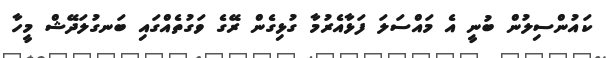
ކައުންސިލުން ބުނީ އެ މައްސަލަ ފަޅާއެރުމާ ގުޅިގެން ރޭގެ ވަގުތެއްގައި ބަނގުލަދޭޝް މީހާ